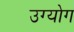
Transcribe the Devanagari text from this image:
उग्योग